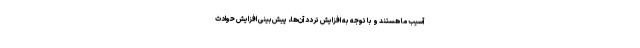
آسیب ما هستند و با توجه به افزایش تردد آن‌ها، پیش‌بینی افزایش حوادث